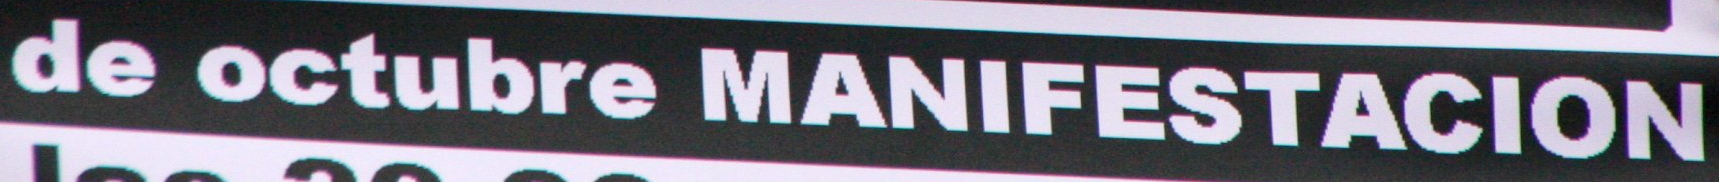
de octubre MANIFESTACION